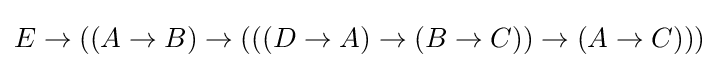
E\to ((A\to B)\to (((D\to A)\to (B\to C))\to (A\to C)))